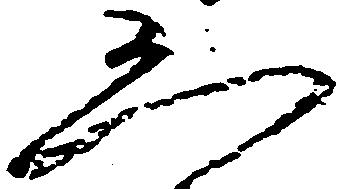
恐